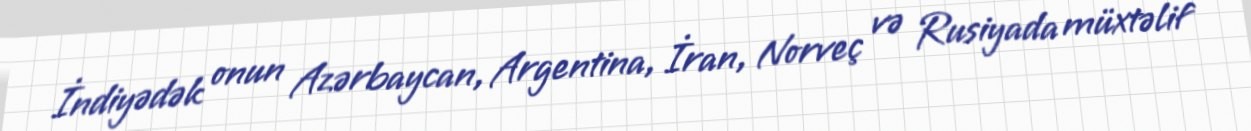
İndiyədək onun Azərbaycan, Argentina, İran, Norveç və Rusiyada müxtəlif